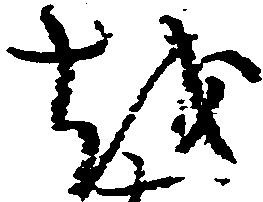
を